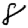
Digit: 8